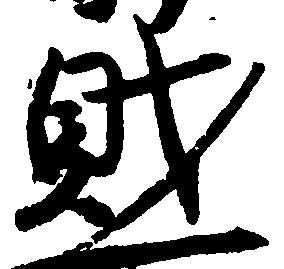
財